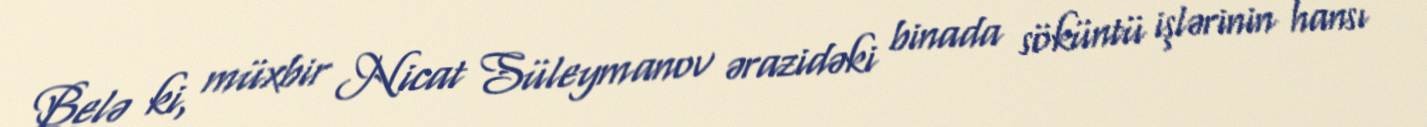
Belə ki, müxbir Nicat Süleymanov ərazidəki binada söküntü işlərinin hansı